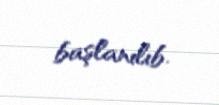
başlanılıb.